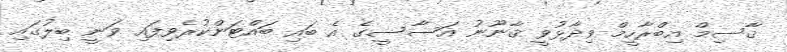
ޤާސިމް އިބްރާހީމް ވިދާޅުވީ ޤާނޫނު އަސާސީގެ އެ ބައި ބައްޓަންކުރެވިފައި ވަނީ ބިލުގައި